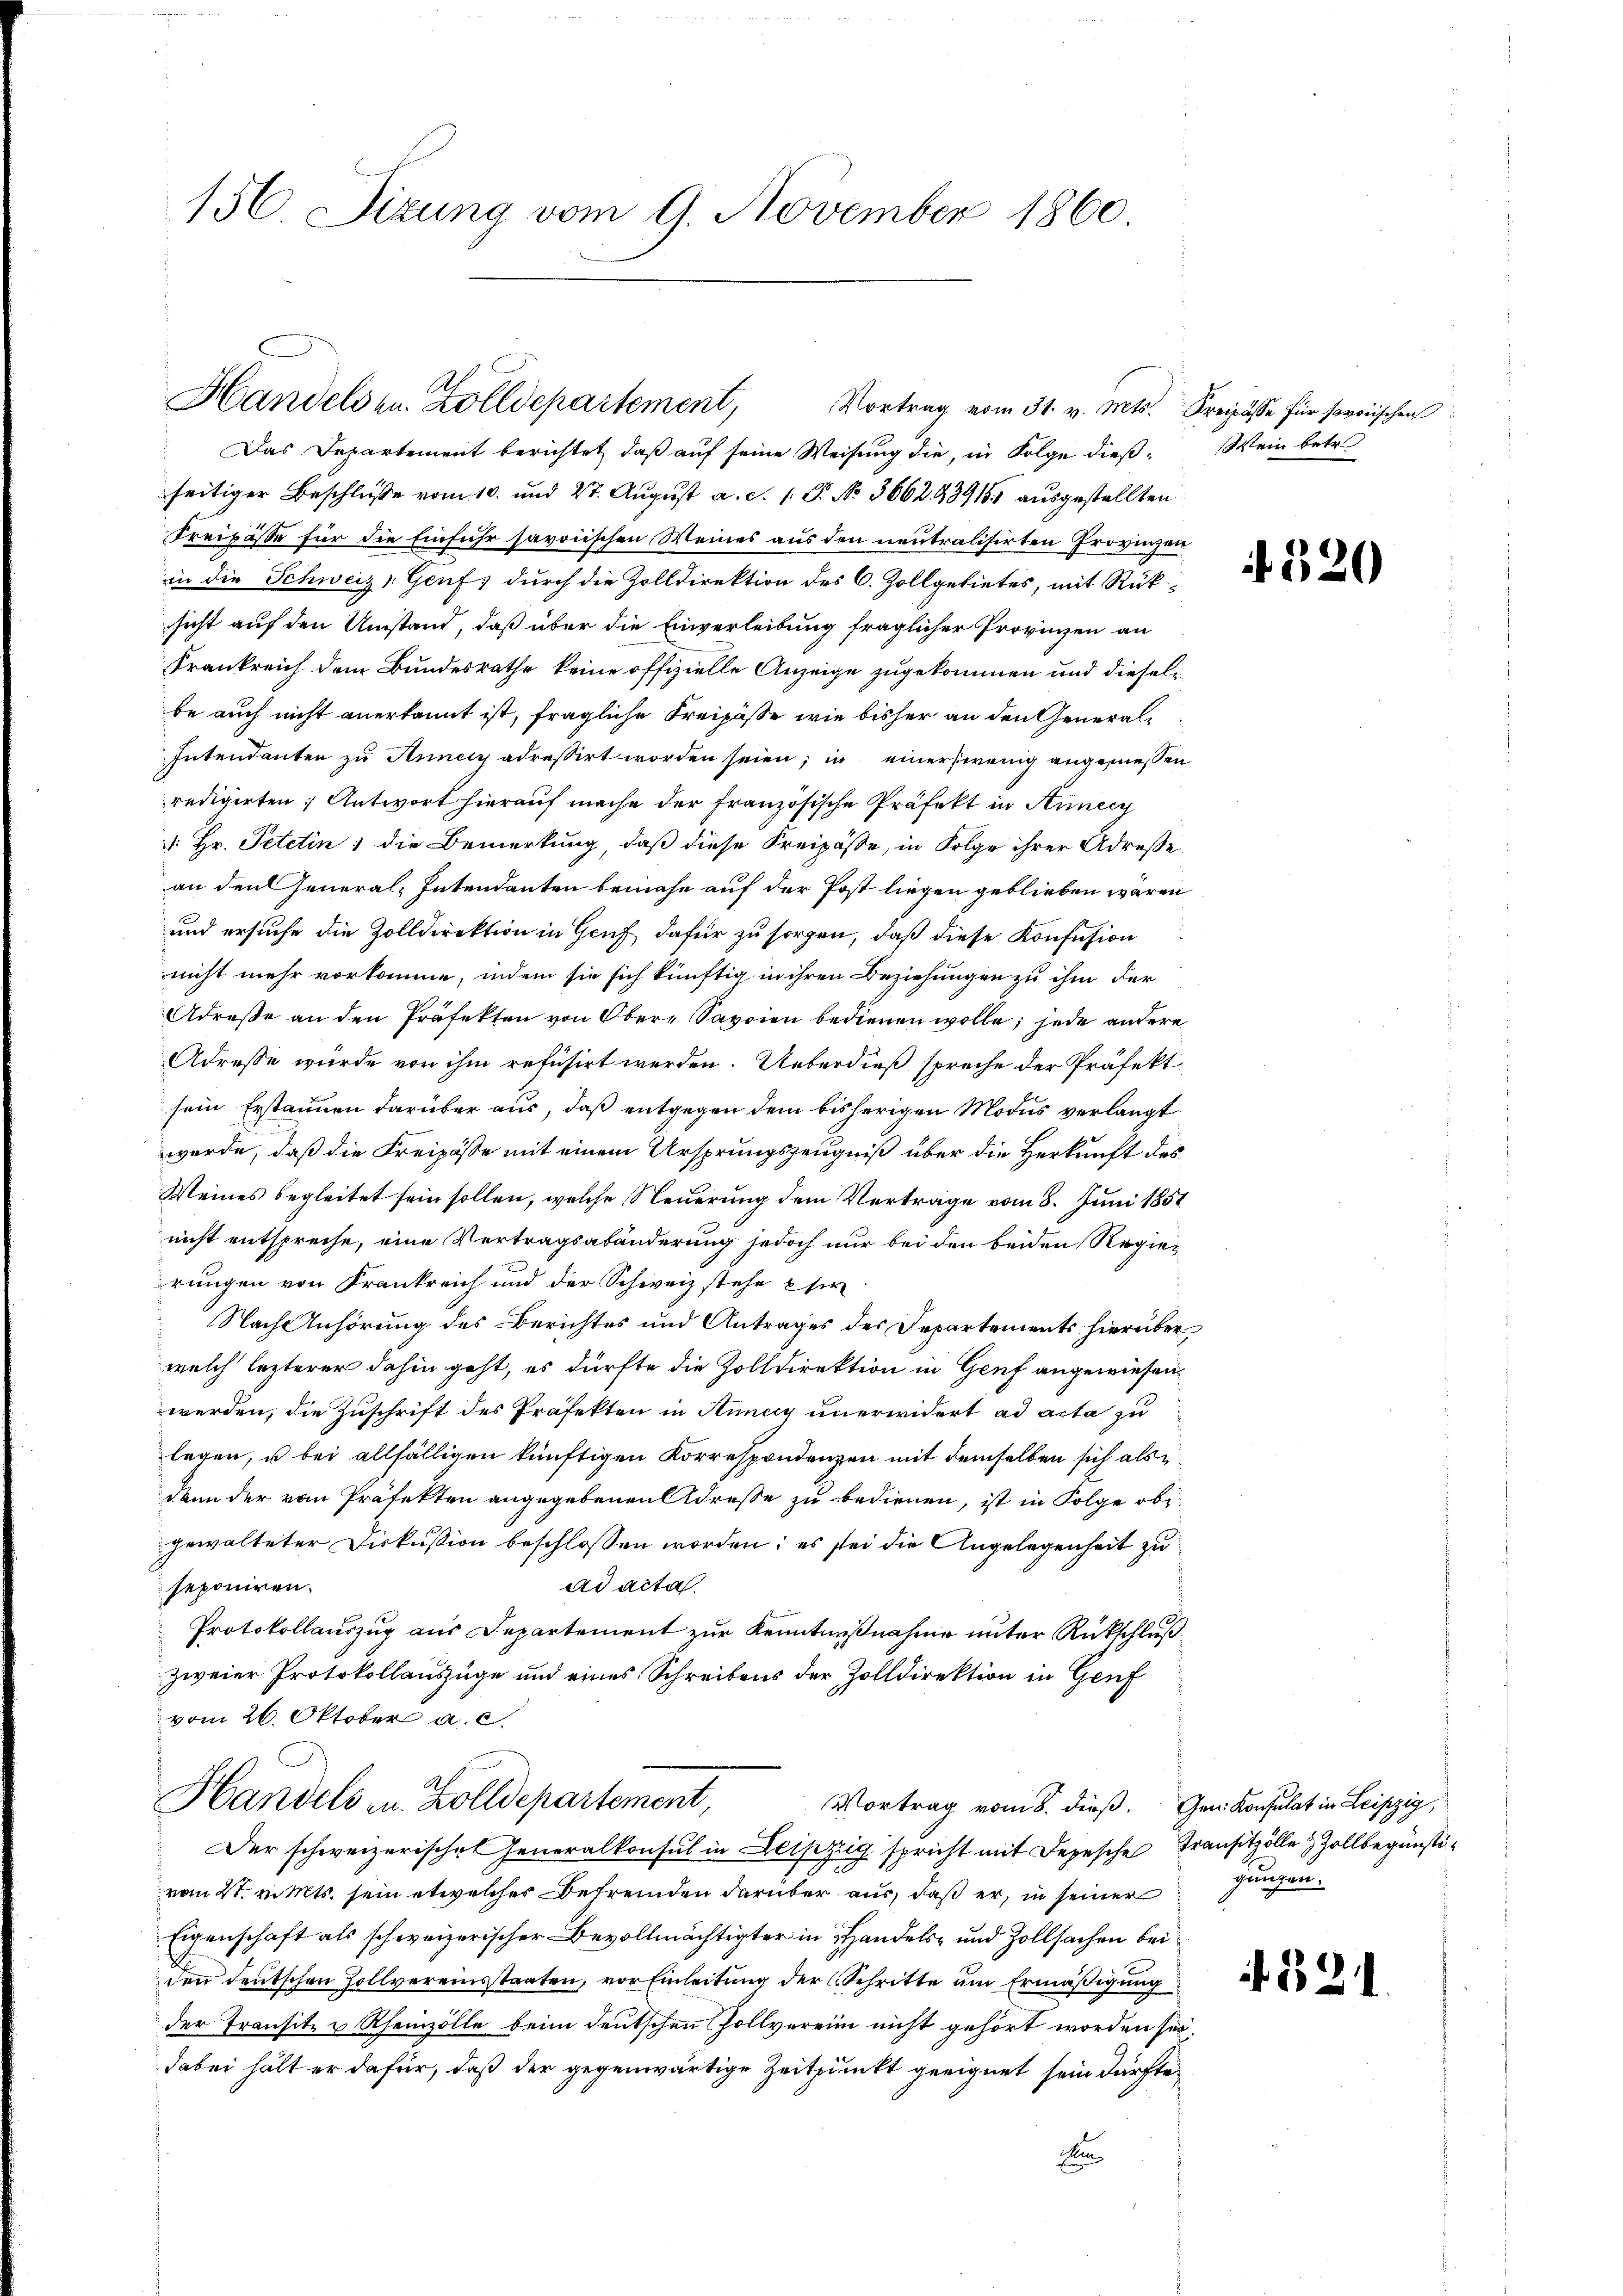
156 Sizung vom 9. November 1860

.
Handelsen. Zolldepartement,
Vortrag vom 31. v. Mts. Freipasse für sororischen

Das Departement berichtet, daß auf seine Weisung die, in Folge dieß-Wein betr.
seitiger Beschlusse vom 10. und 27. August a. d. 1. P. No. 366293915 ausgestellten
Freipässe für die Einfuhr savoiischen Weines aus den neutralisirten Provinzen
in die Schweiz Genf, durch die Zolldirektion des C. Zollgebietes, mit Rück-
sicht auf den Umstand, daß über die Einverleibung fraglicher Provinzen an
Frankreich dem Bundesrathe keine offizielle Anzeige zugekommen und dieselbe auch nicht anerkannt ist, fragliche Freipässe wie bisher an den General¬
Intendanten zu Annecy adreßirt worden seien; in einer wenig angemessen
redigirten: Antwort hierauf mache der französische Präfekt in Anneig
: Hr. Petitin; die Bemerkung, daß diese Kreipässe, in Folge ihrer Adressean den General-Intendanten beinahe auf der Post liegen geblieben wären
und ersuche die Zolldirektion in Genf dafür zu sorgen, daß diese Konfusion
nicht mehr vorkomme, indem sie sich künftig in ihren Beziehungen zu ihm der
Adreste an den Präfekten von Ober-Savoien bedienen wolle; jede andere
Adresse wurde von ihm refusirt werden. Ueberdieß spreche der Präfekt
sein Erstaunen darüber aus, daß entgegen dem bisherigen Modus verlangt
werde, daß die Freipösse mit einem Ursprungszeugniß über die Herkunft des
Meines begleitet sein sollen, welche Steuerung dem Vertrage vom 8. Juni 1851
nicht entspreche, eine Vertragsabänderung jedoch nur bei den beiden Regierungen von Krankreich und der Schweiz stehe sie
Nach Anhörung des Berichtes und Antrages des Departements hierüber
welch lezterer dahin geht, es dürfte die Zolldirektion in Genf angewiesen,
werden, die Zuschrift des Präfekten in Annas unerwidert ad acta zu
legen, u bei allfälligen künftigen Korrespondenzen mit demselben sich als
dann der vom Präfekten angegebenen Adresse zu bedienen, ist in Folge obergewalteter Diskussion beschlossen worden; es sei die Angelegenheit zu
ad acta.
seponiren.
Protokollauszug aus Departement zur Kenntnißnahme unter Rückschluß
zweier Protokollauszüge und eines Schreibens der Zolldirektion in Genf
vom 26. Oktober a. c.
Handels in Zolldepartement,
Vortrag vom 8. dieß. Gen. Konsulat in Leipzig,
Der schweizerischen Generalkonsul in Leipzig spricht mit Depesche Transitzölle & Zollbegünstivom 21. v. Mts. sein etwelches Befremden darüber aus, daß er, in seiner ganzen
Eigenschaft als schweizerischer Bevollmächtigter in Handels- und Zollsachen bei
den deutschen Zollvereinstaaten, vor Einleitung der Schritte um Ermäßigung
der Transitz u Rheinzölle beim deutschen Zollverein nicht gehört worden sei.
dabei hält er dafür, daß der gegenwärtige Zeitpunkt geeignet sein dürfte,
E

520

4. 321.